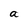
Character: a